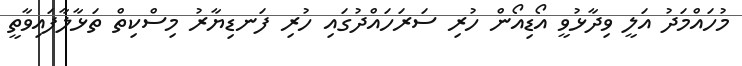
މުހައްމަދު އަލީ ވިދާޅުވީ އޯޑިއޯން ހުރި ސަރަހައްދުގައި ހުރި ފަނޑިޔާރު މިސްކިތް ތަޅާލާފައިވާތީ